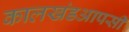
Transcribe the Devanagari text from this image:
कालखंडआपसी